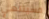
فسينتهي